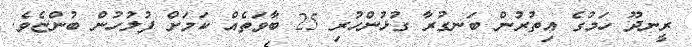
ރީނދޫ ހަމުގެ އިތުރުން ބަނގުރާ ގުޅުންހުރި 25 ބާވަތެއް ކަމަށް ފުލުހުން ބުންޏެވެ.